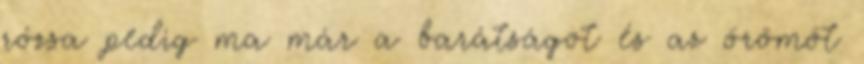
rózsa pedig ma már a barátságot és az örömöt